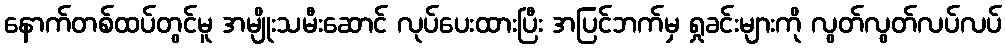
နောက်တစ်ထပ်တွင်မူ အမျိုးသမီးဆောင် လုပ်ပေးထားပြီး အပြင်ဘက်မှ ရှုခင်းများကို လွတ်လွတ်လပ်လပ်